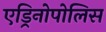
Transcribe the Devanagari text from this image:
एड्रिनोपोलिस